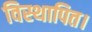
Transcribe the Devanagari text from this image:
विस्थापित।